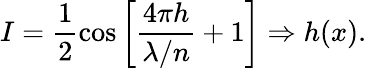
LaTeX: I=\frac{1}{2}\cos{\left[\frac{4\pi h}{\lambda/n}+1\right]}\Rightarrow h(x).